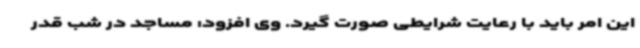
این امر باید با رعایت شرایطی صورت گیرد. وی افزود: مساجد در شب قدر